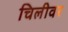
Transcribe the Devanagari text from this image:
चिलीवर